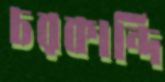
চরকান্দি